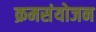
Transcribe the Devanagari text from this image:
क्रमसंयोजन